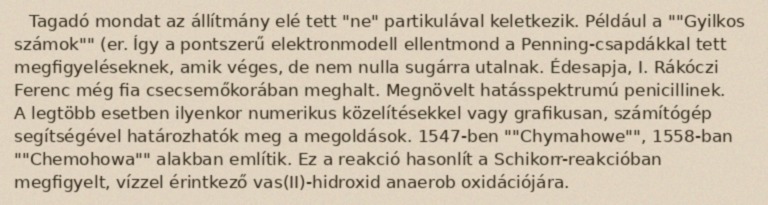
Tagadó mondat az állítmány elé tett "ne" partikulával keletkezik. Például a ""Gyilkos számok"" (er. Így a pontszerű elektronmodell ellentmond a Penning-csapdákkal tett megfigyeléseknek, amik véges, de nem nulla sugárra utalnak. Édesapja, I. Rákóczi Ferenc még fia csecsemőkorában meghalt. Megnövelt hatásspektrumú penicillinek. A legtöbb esetben ilyenkor numerikus közelítésekkel vagy grafikusan, számítógép segítségével határozhatók meg a megoldások. 1547-ben ""Chymahowe"", 1558-ban ""Chemohowa"" alakban említik. Ez a reakció hasonlít a Schikorr-reakcióban megfigyelt, vízzel érintkező vas(II)-hidroxid anaerob oxidációjára.